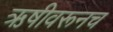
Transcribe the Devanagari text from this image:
ऋषीवरूनच